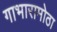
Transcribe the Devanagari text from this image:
गाभारामोठा